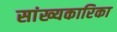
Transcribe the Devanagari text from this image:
सांख्‍यकारिका